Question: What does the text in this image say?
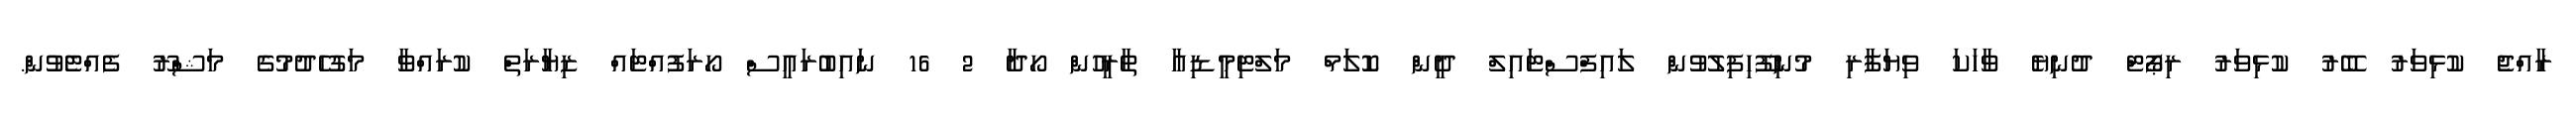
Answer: ރާއްޖެ ކުޅިވަރު ބޭރު ކުޅިވަރު ރިޕޯޓް ދުނިޔެ ވާހަކަ ވިޔަފާރި މުނިފޫހިފިލުވުން ލައިފްސްޓައިލް ދީން ކޮލަމް މަލްޓިމީޑިއާ ތާރީހުން ހޯދާ 2 16 ނައިބުރައީސް ހޯރަފުއްޓައް ޒިޔާރަތް ކުރައްވާ މަގުހެދުމުގެ މަޝްރޫ ފެއްޓެވުން.